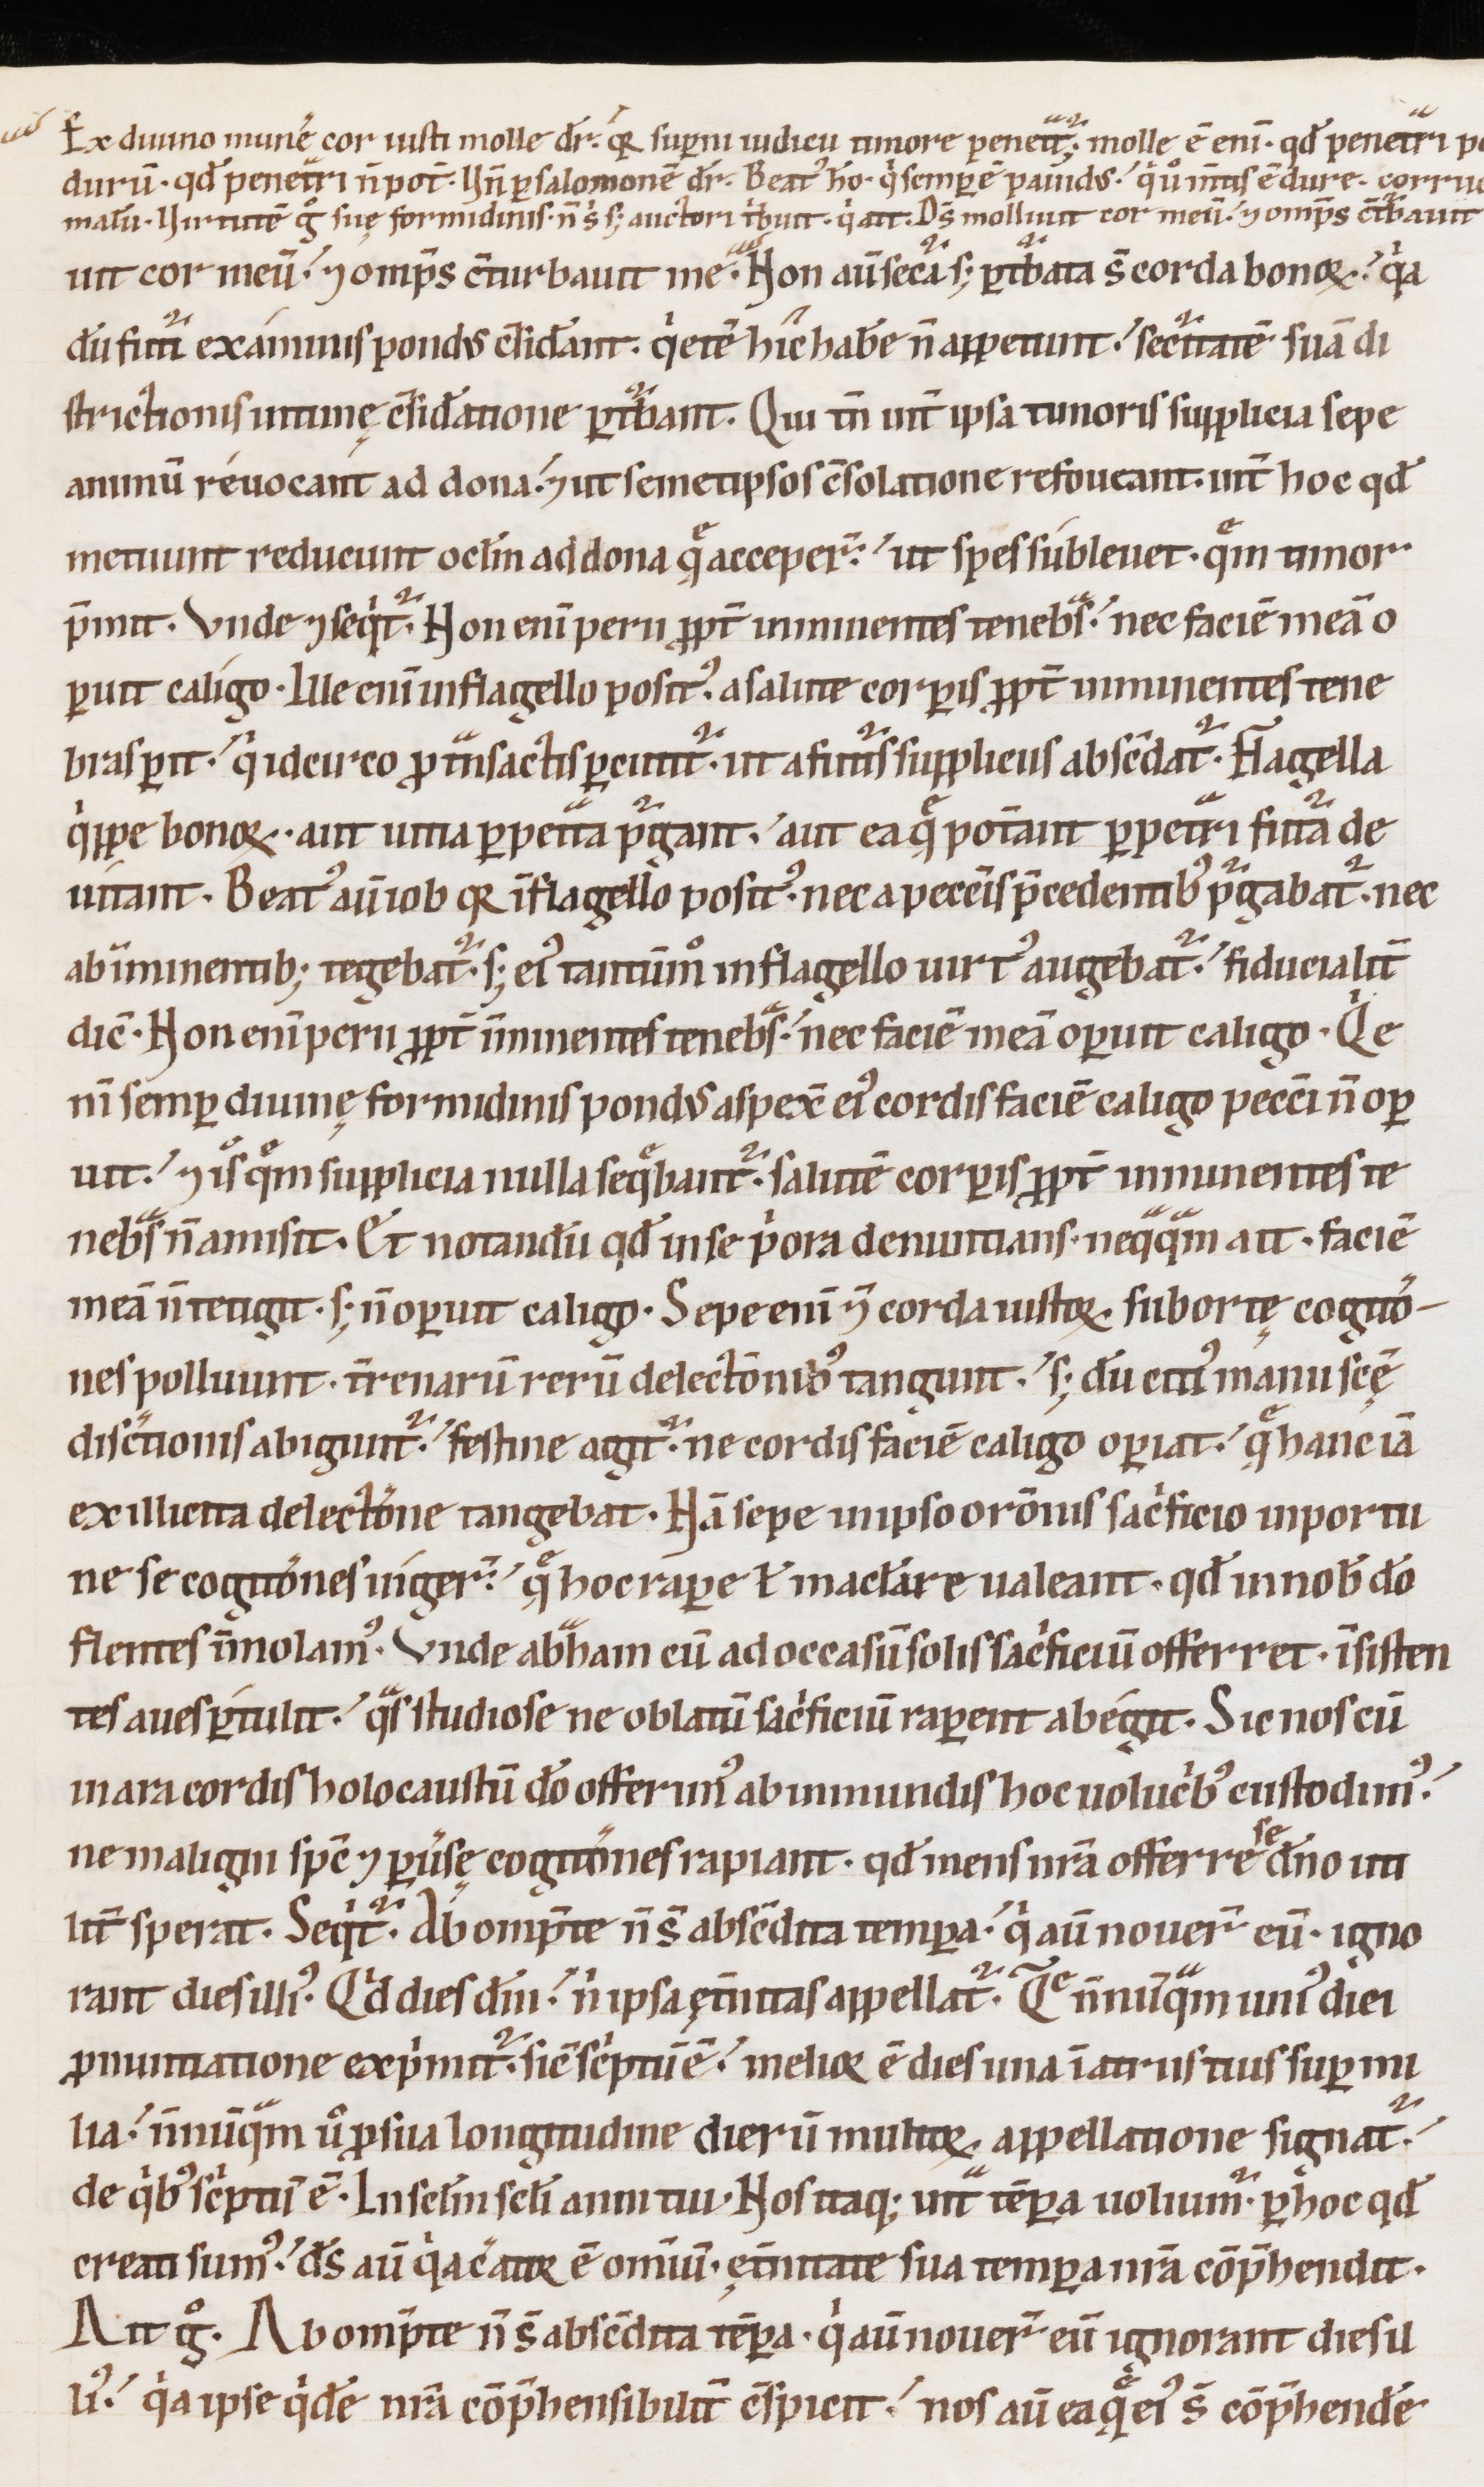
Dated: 1100–1199